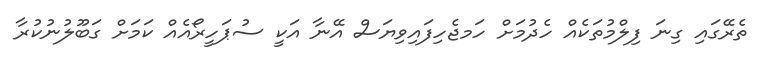
ތެރޭގައި ގިނަ ފިލްމުތަކެއް ހެދުމަށް ހަމޖެހިފައިވިޔަސް އޭނާ އަކީ ސުޕަހީރޯއެއް ކަަމަށް ގަބޫލުނުކުރާ